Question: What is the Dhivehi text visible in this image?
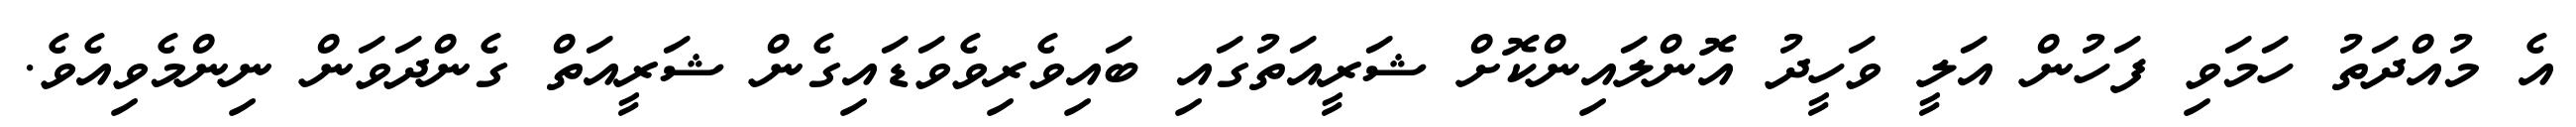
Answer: އެ މުއްދަތު ހަމަވި ފަހުން އަލީ ވަހީދު އޮންލައިންކޮށް ޝަރީއަތުގައި ބައިވެރިވެވަޑައިގެން ޝަރީއަތް ގެންދަވަން ނިންމެވިއެވެ.